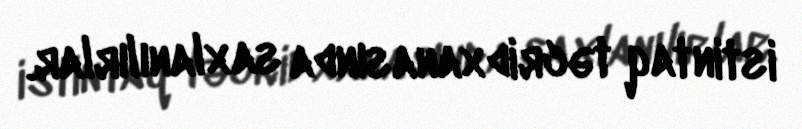
istintaq təcridxanasında saxlanılırlar.